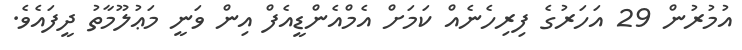
އުމުރުން 29 އަހަރުގެ ފިރިހެނެއް ކަމަށް އެމްއެންޑީއެފް އިން ވަނީ މަޢުލޫމާތު ދީފައެވެ.